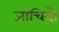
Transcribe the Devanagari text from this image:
जाचिदो